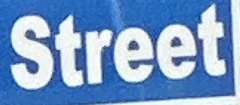
Street